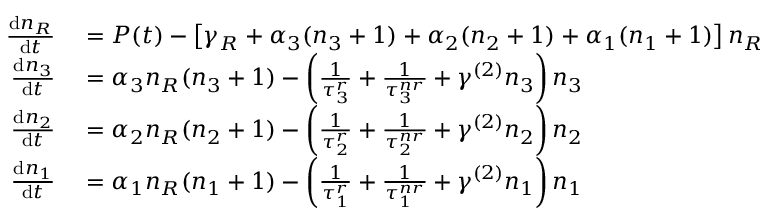
\begin{array} { r l } { \frac { \mathrm { d } n _ { R } } { \mathrm { d } t } } & { { } = P ( t ) - \left[ \gamma _ { R } + \alpha _ { 3 } ( n _ { 3 } + 1 ) + \alpha _ { 2 } ( n _ { 2 } + 1 ) + \alpha _ { 1 } ( n _ { 1 } + 1 ) \right] n _ { R } } \\ { \frac { \mathrm { d } n _ { 3 } } { \mathrm { d } t } } & { { } = \alpha _ { 3 } n _ { R } ( n _ { 3 } + 1 ) - \left( \frac { 1 } { \tau _ { 3 } ^ { r } } + \frac { 1 } { \tau _ { 3 } ^ { n r } } + \gamma ^ { ( 2 ) } n _ { 3 } \right) n _ { 3 } } \\ { \frac { \mathrm { d } n _ { 2 } } { \mathrm { d } t } } & { { } = \alpha _ { 2 } n _ { R } ( n _ { 2 } + 1 ) - \left( \frac { 1 } { \tau _ { 2 } ^ { r } } + \frac { 1 } { \tau _ { 2 } ^ { n r } } + \gamma ^ { ( 2 ) } n _ { 2 } \right) n _ { 2 } } \\ { \frac { \mathrm { d } n _ { 1 } } { \mathrm { d } t } } & { { } = \alpha _ { 1 } n _ { R } ( n _ { 1 } + 1 ) - \left( \frac { 1 } { \tau _ { 1 } ^ { r } } + \frac { 1 } { \tau _ { 1 } ^ { n r } } + \gamma ^ { ( 2 ) } n _ { 1 } \right) n _ { 1 } } \end{array}